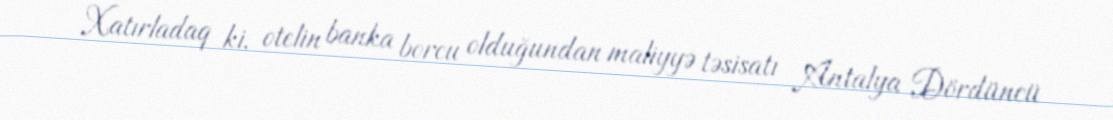
Xatırladaq ki, otelin banka borcu olduğundan maliyyə təsisatı Antalya Dördüncü